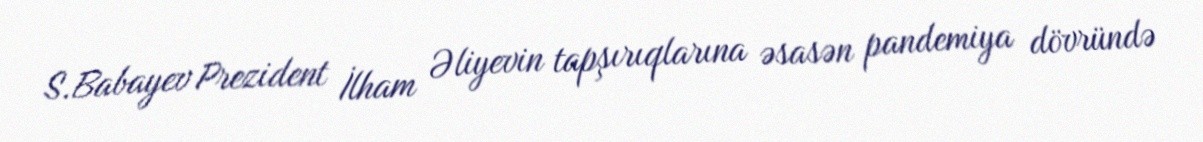
S.Babayev Prezident İlham Əliyevin tapşırıqlarına əsasən pandemiya dövründə